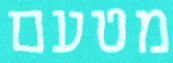
מטעם